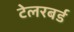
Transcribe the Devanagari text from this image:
टेलरबर्ड